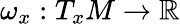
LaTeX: \omega_{x}:T_{x}M\to\mathbb{R}